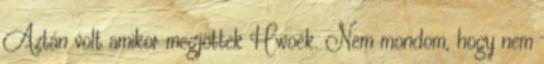
Aztán volt amikor megjöttek Hwoék. Nem mondom, hogy nem